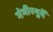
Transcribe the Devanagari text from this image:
गंभीरगुर्दे